Document type: Emphyteutic lease
Year: 1295
Scribe: Pere de Noguera, prevere
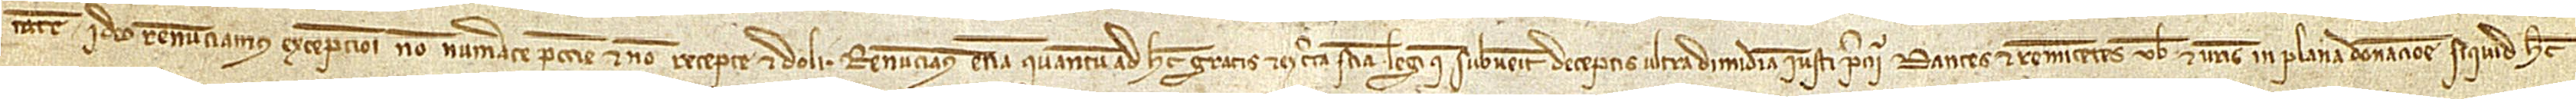
tatem, ideo renunciamus excepcioni non numerate peccunie et non recepte, et doli. Renunciamus etiam quantum ad hec gratis et ex certa sciencia legi que subvenit deceptis ultra dimidiam iusti precii, dantes et remitentes vobis et vestris in plana donacione siquid hec